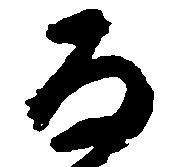
な